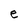
Character: e